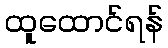
ထူထောင်ရန်